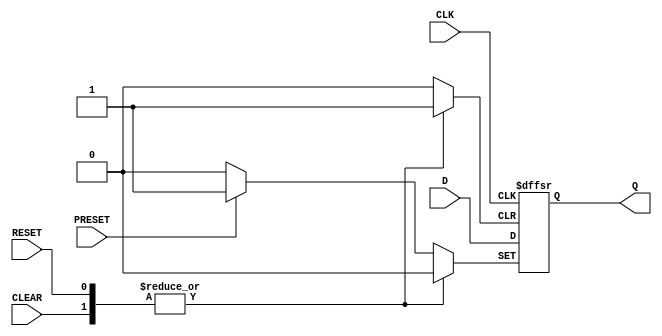
module d_flip_flop (
    input D,
    input CLK,
    input RESET,
    input PRESET,
    input CLEAR,
    output reg Q
);

always @ (posedge CLK or posedge RESET or posedge PRESET or posedge CLEAR)
begin
    if (RESET)
        Q <= 1'b0;
    else if (PRESET)
        Q <= 1'b1;
    else if (CLEAR)
        Q <= 1'b0;
    else
        Q <= D;
end

endmodule